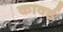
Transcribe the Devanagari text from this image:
कार्क्ड